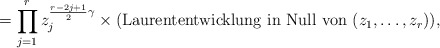
\begin{align*}= \prod^r_{j=1} z_j^{\frac{r-2j+1}{2}\gamma} \times \mbox{(Laurententwicklung in Null von } (z_1, \ldots,z_r)),\end{align*}